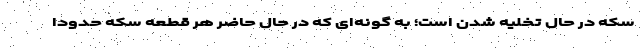
سکه در حال تخلیه شدن است؛ به گونه‌ای که در حال حاضر هر قطعه سکه حدودا